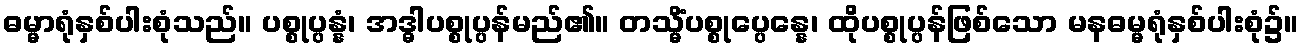
ဓမ္မာရုံနှစ်ပါးစုံသည်။ ပစ္စုပ္ပန္နံ၊ အဒ္ဓါပစ္စုပ္ပန်မည်၏။ တသ္မိံပစ္စုပ္ပေန္နေ၊ ထိုပစ္စုပ္ပန်ဖြစ်သော မနဓမ္မရုံနှစ်ပါးစုံ၌။